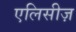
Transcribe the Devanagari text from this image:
एलिसीज़